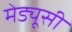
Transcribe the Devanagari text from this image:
मेड्यूसी